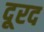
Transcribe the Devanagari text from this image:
दूरद